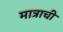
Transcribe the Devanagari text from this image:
मात्राची